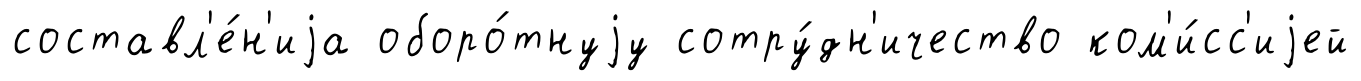
составл'е́н'иjа оборо́тнуjу сотру́дн'ичество ком'и́сс'иjей